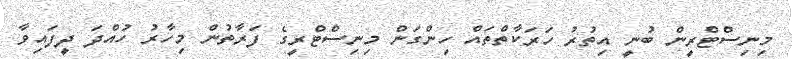
މިނިސްޓްރީން ބުނީ އިތުރު ހަރަކާތްތައް ހިންގަން މިނިސްޓްރީގެ ފަރާތުން މިހާރު ހުއްދަ ދީފައިވާ